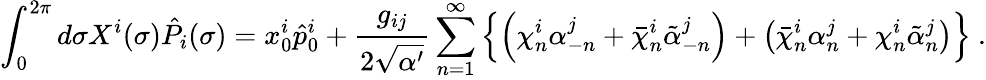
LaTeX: \int_{0}^{2\pi}d\sigma X^{i}(\sigma)\hat{P}_{i}(\sigma)=x_{0}^{i}\hat{p}_{0}^{i}+\frac{g_{ij}}{2\sqrt{\alpha^{\prime}}}\sum_{n=1}^{\infty}\left\{ \left(\chi_{n}^{i}\alpha_{-n}^{j}+\bar{\chi}_{n}^{i}\tilde{\alpha}_{-n}^{j}\right)+\left(\bar{\chi}_{n}^{i}\alpha_{n}^{j}+\chi_{n}^{i}\tilde{\alpha}_{n}^{j}\right)\right\} ~.